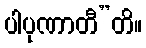
ပါပုဏာတီ”တိ။